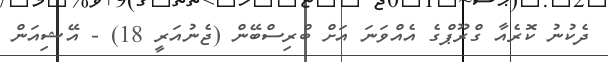
ދެކުނު ކޮރެއާ ގްރޫޕްގެ އެއްވަނަ އަށް ބްރިސްބޭން (ޖެނުއަރީ 18) - އޭޝިއަން